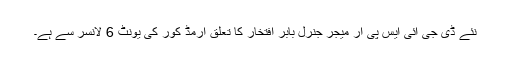
نئے ڈی جی آئی ایس پی آر میجر جنرل بابر افتخار کا تعلق آرمڈ کور کی یونٹ 6 لانسر سے ہے۔